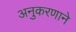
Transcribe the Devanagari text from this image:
अनुकरणाने